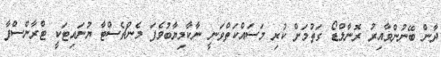
ދާން ބޭނުންވާއިރު ރޮނާލްޑޯ ގަތުމަށް ކުރި މަސައްކަތްވަނީ ނާކާމިޔާބުވެފަ މެންޗެސްޓާ ޔުނައިޓަކީ ޓްރާންސްފާ